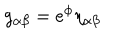
LaTeX: g _ { \alpha \beta } = e ^ { \phi } \eta _ { \alpha \beta }